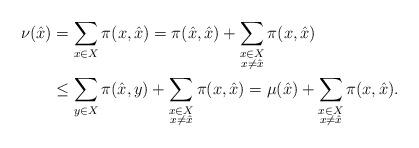
LaTeX: \begin{align*}\nu(\hat{x})&=\sum_{x\in X}\pi(x,\hat{x})=\pi(\hat{x},\hat{x})+\sum_{\substack{x\in X \\ x\neq\hat{x}}}\pi(x,\hat{x})\\&\leq\sum_{y\in X}\pi(\hat{x},y)+\sum_{\substack{x\in X \\ x\neq\hat{x}}}\pi(x,\hat{x})=\mu(\hat{x})+\sum_{\substack{x\in X \\ x\neq\hat{x}}}\pi(x,\hat{x}).\end{align*}